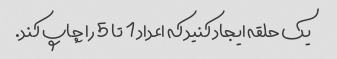
یک حلقه ایجاد کنید که اعداد 1 تا 5 را چاپ کند.